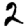
Digit: 2